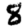
Digit: 8